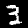
Digit: 3